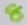
Text: 8